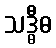
သဒ္ဓီဓ